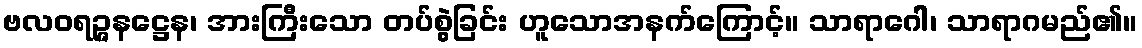
ဗလဝရဉ္ဇနဋ္ဌေန၊ အားကြီးသော တပ်စွဲခြင်း ဟူသောအနက်ကြောင့်။ သာရာဂေါ၊ သာရာဂမည်၏။